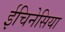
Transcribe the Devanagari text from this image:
ईचिनेसिया